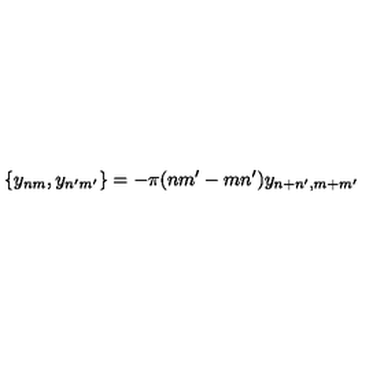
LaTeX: \{ y _ { n m } , y _ { n ^ { \prime } m ^ { \prime } } \} = - \pi ( n m ^ { \prime } - m n ^ { \prime } ) y _ { n + n ^ { \prime } , m + m ^ { \prime } }